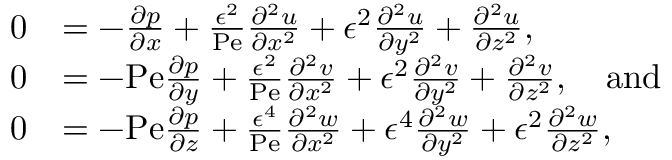
\begin{array} { r l } { 0 } & { = - \frac { \partial p } { \partial x } + \frac { \epsilon ^ { 2 } } { \mathrm { P e } } \frac { \partial ^ { 2 } u } { \partial x ^ { 2 } } + \epsilon ^ { 2 } \frac { \partial ^ { 2 } u } { \partial y ^ { 2 } } + \frac { \partial ^ { 2 } u } { \partial z ^ { 2 } } , } \\ { 0 } & { = - \mathrm { P e } \frac { \partial p } { \partial y } + \frac { \epsilon ^ { 2 } } { \mathrm { P e } } \frac { \partial ^ { 2 } v } { \partial x ^ { 2 } } + \epsilon ^ { 2 } \frac { \partial ^ { 2 } v } { \partial y ^ { 2 } } + \frac { \partial ^ { 2 } v } { \partial z ^ { 2 } } , \quad \mathrm { a n d } } \\ { 0 } & { = - \mathrm { P e } \frac { \partial p } { \partial z } + \frac { \epsilon ^ { 4 } } { \mathrm { P e } } \frac { \partial ^ { 2 } w } { \partial x ^ { 2 } } + \epsilon ^ { 4 } \frac { \partial ^ { 2 } w } { \partial y ^ { 2 } } + \epsilon ^ { 2 } \frac { \partial ^ { 2 } w } { \partial z ^ { 2 } } , } \end{array}